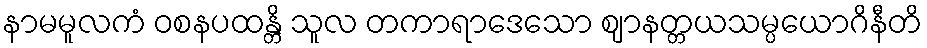
နာမမူလကံ ဝစနပထန္တိ သူလ တကာရာဒေသော ဈာနတ္တယသမ္ပယောဂိနီတိ